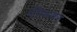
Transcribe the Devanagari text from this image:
रीफवर